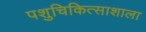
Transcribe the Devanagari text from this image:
पशुचिकित्साशाला